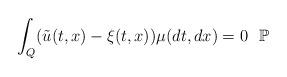
LaTeX: \begin{align*}\int_Q(\tilde{u}(t,x)-\xi (t,x))\mu (dt,dx)=0~~\mathbb{P}\end{align*}